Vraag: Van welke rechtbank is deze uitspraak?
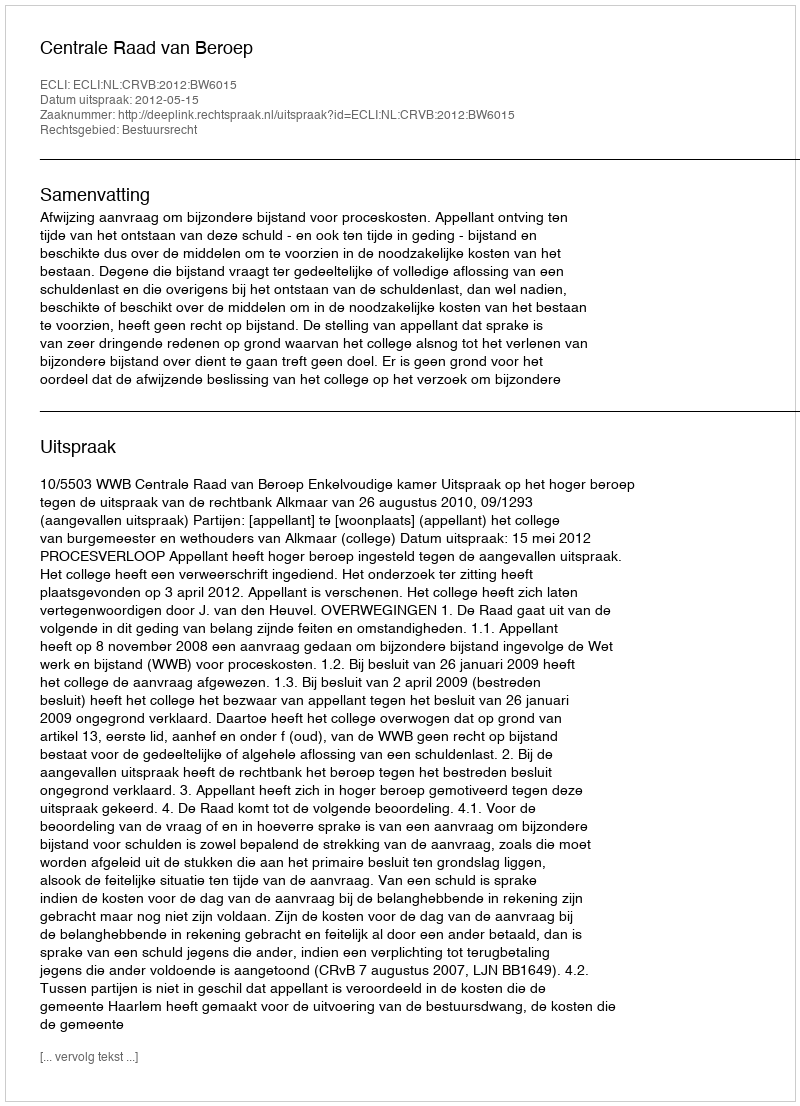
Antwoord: Centrale Raad van Beroep